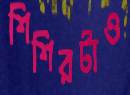
শিশিরটাও